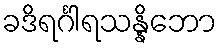
ခဒိရင်္ဂါရသန္နိဘော